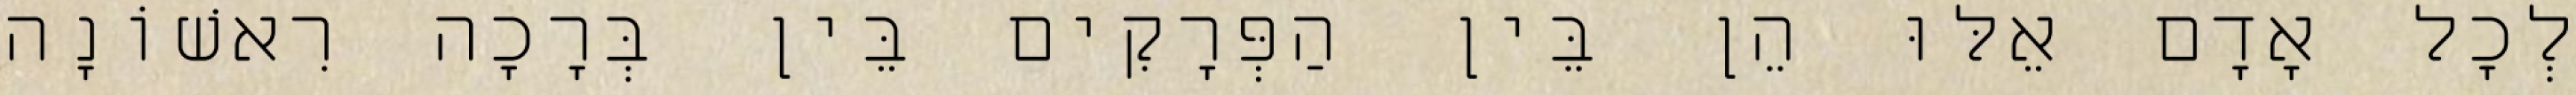
לְכָל אָדָם אֵלּוּ הֵן בֵּין הַפְּרָקִים בֵּין בְּרָכָה רִאשׁוֹנָה